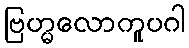
ဗြဟ္မလောကူပဂါ